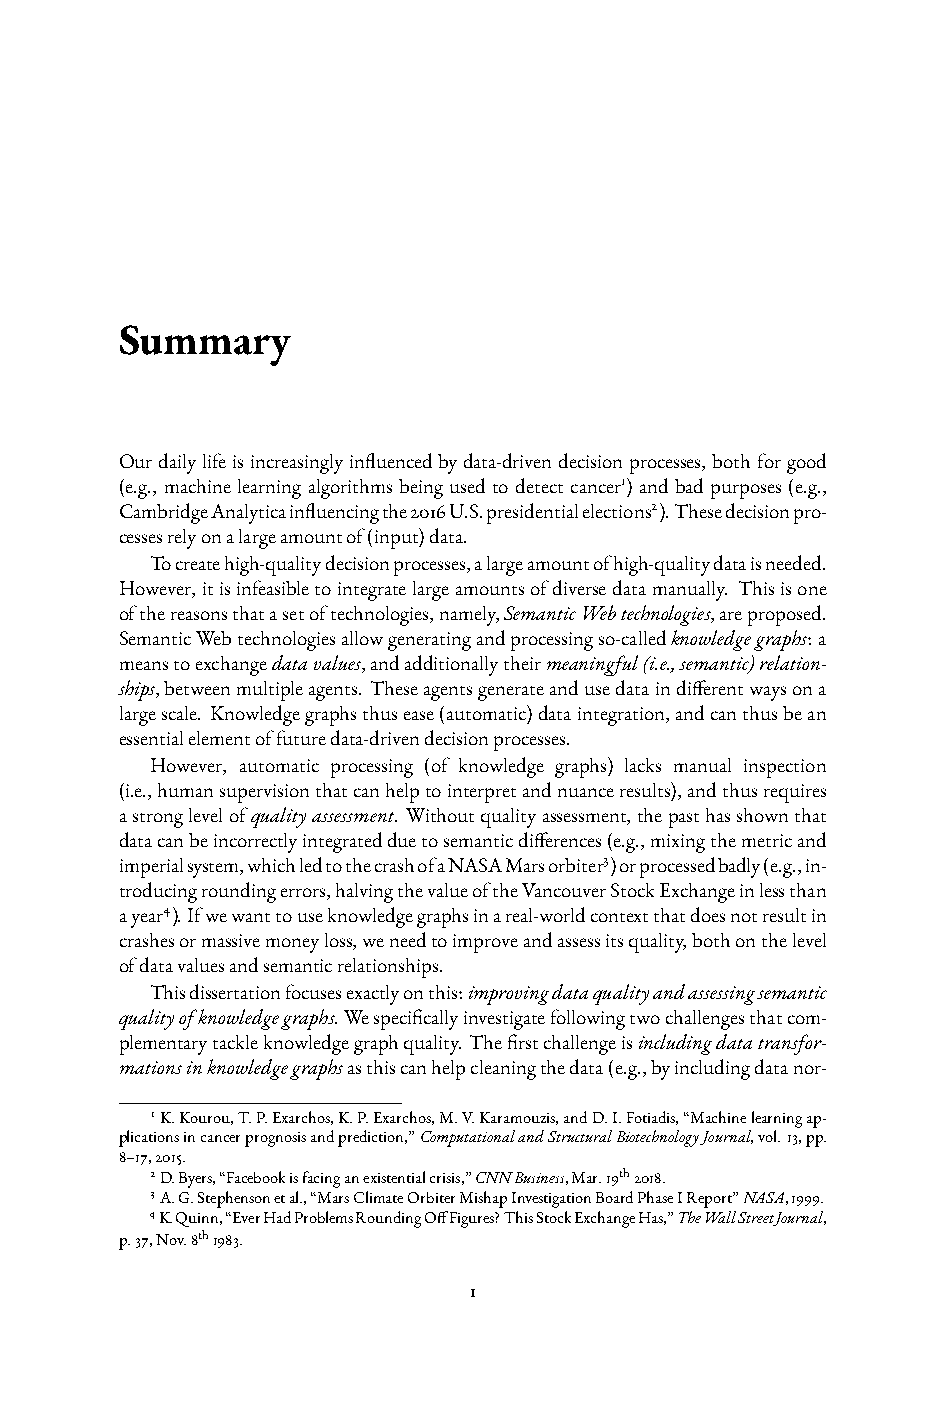
Summary
 Ourdailylifeisincreasinglyinfluencedbydata-drivendecisionprocesses, bothforgood
 (e.g., machine learning algorithms being used to detect cancer1) and bad purposes (e.g.,
 CambridgeAnalyticainfluencingthe2016U.S.presidentialelections2).Thesedecisionpro-
 cessesrelyonalargeamountof(input)data.
 Tocreatehigh-qualitydecisionprocesses,alargeamountofhigh-qualitydataisneeded.
 However,itisinfeasibletointegratelargeamountsofdiversedatamanually. Thisisone
 ofthereasonsthatasetoftechnologies,namely,SemanticWebtechnologies,areproposed.
 SemanticWebtechnologiesallowgeneratingandprocessingso-calledknowledgegraphs: a
 meanstoexchangedatavalues,andadditionallytheirmeaningful(i.e.,semantic)relation-
 ships,betweenmultipleagents. Theseagentsgenerateandusedataindifferentwaysona
 largescale. Knowledgegraphsthusease(automatic)dataintegration,andcanthusbean
 essentialelementoffuturedata-drivendecisionprocesses.
 However, automatic processing (of knowledge graphs) lacks manual inspection
 (i.e.,humansupervisionthatcanhelptointerpretandnuanceresults),andthusrequires
 astronglevelofqualityassessment. Withoutqualityassessment,thepasthasshownthat
 datacanbeincorrectlyintegratedduetosemanticdifferences(e.g.,mixingthemetricand
 imperialsystem,whichledtothecrashofaNASAMarsorbiter3)orprocessedbadly(e.g.,in-
 troducingroundingerrors,halvingthevalueoftheVancouverStockExchangeinlessthan
 ayear4).Ifwewanttouseknowledgegraphsinareal-worldcontextthatdoesnotresultin
 crashesormassivemoneyloss,weneedtoimproveandassessitsquality,bothonthelevel
 ofdatavaluesandsemanticrelationships.
 Thisdissertationfocusesexactlyonthis:improvingdataqualityandassessingsemantic
 qualityofknowledgegraphs.Wespecificallyinvestigatefollowingtwochallengesthatcom-
 plementarytackleknowledgegraphquality. Thefirstchallengeisincludingdatatransfor-
 mationsinknowledgegraphsasthiscanhelpcleaningthedata(e.g.,byincludingdatanor-
 1K.Kourou,T.P.Exarchos,K.P.Exarchos,M.V.Karamouzis,andD.I.Fotiadis,“Machinelearningap-
 plicationsincancerprognosisandprediction,”ComputationalandStructuralBiotechnologyJournal,vol.13,pp.
 8–17,2015.
 2D.Byers,“Facebookisfacinganexistentialcrisis,”CNNBusiness,Mar.19th2018.
 3A.G.Stephensonetal.,“MarsClimateOrbiterMishapInvestigationBoardPhaseIReport”NASA,1999.
 4K.Quinn,“EverHadProblemsRoundingOffFigures?ThisStockExchangeHas,”TheWallStreetJournal,
 p.37,Nov.8th1983.
 1